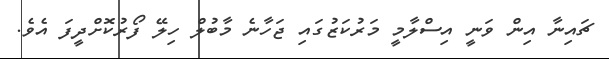
ޗައިނާ އިން ވަނީ އިސްލާމީ މަރުކަޒުގައި ޖަހާނެ މާބުލް ހިލޭ ފޯރުކޮށްދީފަ އެވެ.